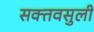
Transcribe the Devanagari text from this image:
सक्तवसुली